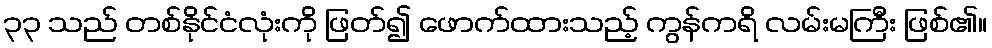
၃၃ သည် တစ်နိုင်ငံလုံးကို ဖြတ်၍ ဖောက်ထားသည့် ကွန်ကရိ လမ်းမကြီး ဖြစ်၏။